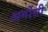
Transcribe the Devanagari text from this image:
अर्गोसी